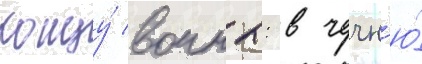
концу́ воины: в чечн'ю́